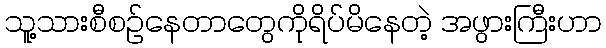
သူ့သားစီစဉ်နေတာတွေကိုရိပ်မိနေတဲ့ အဖွားကြီးဟာ